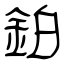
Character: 鉑